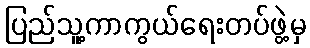
ပြည်သူ့ကာကွယ်ရေးတပ်ဖွဲ့မှ